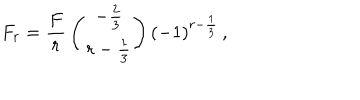
F _ { r } = { \frac { F } { r } } \left( { - { \frac { 2 } { 3 } } \atop r - { \frac { 1 } { 3 } } } \right) ( - 1 ) ^ { r - { \frac { 1 } { 3 } } } \, ,